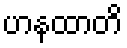
ဟနထာတိ